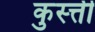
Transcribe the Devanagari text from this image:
कुस्त्ती